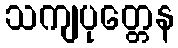
သကျပုတ္တေန